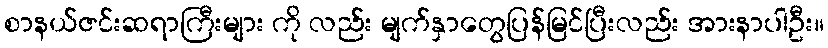
စာနယ်ဇင်းဆရာကြီးများ ကို လည်း မျက်နှာတွေပြန်မြင်ပြီးလည်း အားနာပါဦး။